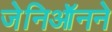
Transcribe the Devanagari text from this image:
जेनिऑनने